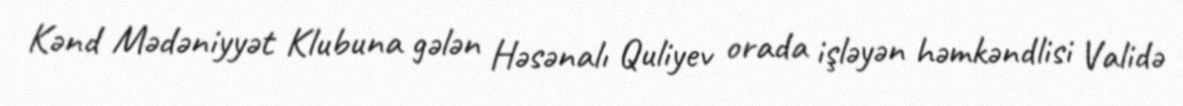
Kənd Mədəniyyət Klubuna gələn Həsənalı Quliyev orada işləyən həmkəndlisi Validə